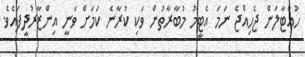
ހުއްޓާލަން ޖެހިއްޖެ ނަމަ އެޓީމު މުބާރާތުން ވަކި ކުރާނެ ކަމަށް ވަނީ އިންޒާރުދީފައެވެ.